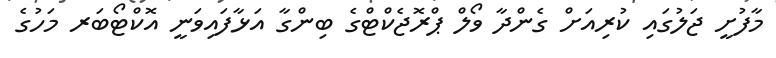
މާފުށީ ޖަލުގައި ކުރިއަށް ގެންދާ ވޯލް ޕްރޮޖެކްޓްގެ ބިންގާ އަޅާފައިވަނީ އޮކްޓޯބަރ މަހުގެ